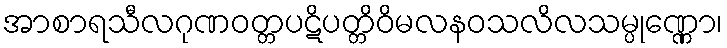
အာစာရသီလဂုဏဝတ္တပဋိပတ္တိဝိမလနဝသလိလသမ္ပုဏ္ဏော၊